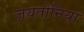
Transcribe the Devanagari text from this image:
ज़यतोनिया